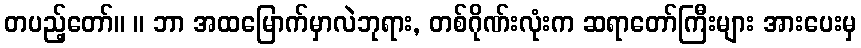
တပည့်တော်။ ။ ဘာ အထမြောက်မှာလဲဘုရား, တစ်ဂိုဏ်းလုံးက ဆရာတော်ကြီးများ အားပေးမှ